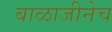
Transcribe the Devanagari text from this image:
बाळाजीनेच